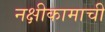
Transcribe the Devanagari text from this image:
नक्षीकामाची